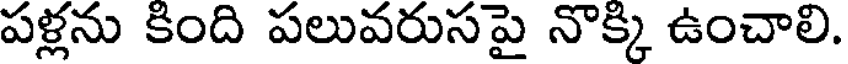
పళ్లను కింది పలువరుసపై నొక్కి ఉంచాలి.